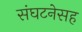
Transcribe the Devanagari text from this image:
संघटनेसह